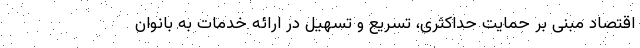
اقتصاد مبنی بر حمایت حداکثری، تسریع و تسهیل در ارائه خدمات به بانوان